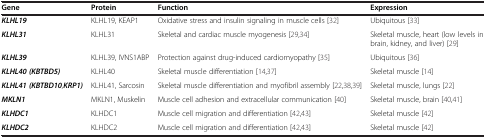
| Gene | Protein | Function | Expression |
 | --- | --- | --- | --- |
 | KLHL19 | KLHL19, KEAP1 | Oxidative stress and insulin signaling in muscle cells[32] | Ubiquitous[33] |
 | KLHL31 | KLHL31 | Skeletal and cardiac muscle myogenesis[29,34] | Skeletal muscle, heart (low levels in brain, kidney, and liver)[29] |
 | KLHL39 | KLHL39, IVNS1ABP | Protection against drug-induced cardiomyopathy[35] | Ubiquitous[36] |
 | KLHL40 (KBTBD5) | KLHL40 | Skeletal muscle differentiation[14,37] | Skeletal muscle[14] |
 | KLHL41 (KBTBD10,KRP1) | KLHL41, Sarcosin | Skeletal muscle differentiation and myofibril assembly[22,38,39] | Skeletal muscle, lungs[22] |
 | MKLN1 | MKLN1, Muskelin | Muscle cell adhesion and extracellular communication[40] | Skeletal muscle, brain[40,41] |
 | KLHDC1 | KLHDC1 | Muscle cell migration and differentiation[42,43] | Skeletal muscle[42] |
 | KLHDC2 | KLHDC2 | Muscle cell migration and differentiation[42,43] | Skeletal muscle[42] |